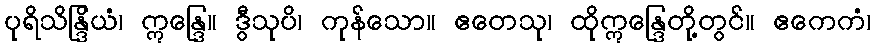
ပုရိသိန္ဒြိယံ၊ ဣန္ဒြေ။ ဒွီသုပိ၊ ကုန်သော။ ဧတေသု၊ ထိုဣန္ဒြေတို့တွင်။ ဧကေကံ၊